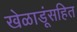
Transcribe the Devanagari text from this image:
खेळाडूंसहित